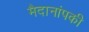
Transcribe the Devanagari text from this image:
मैदानांपकी